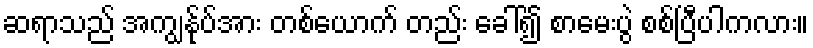
ဆရာသည် အကျွန်ုပ်အား တစ်ယောက် တည်း ခေါ်၍ စာမေးပွဲ စစ်ပြီပါကလား။